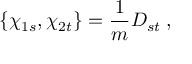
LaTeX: \{ \chi _ { 1 s } , \chi _ { 2 t } \} = \frac { 1 } { m } D _ { s t } \; ,